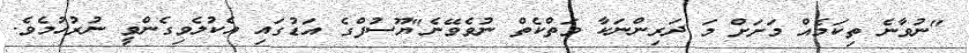
"ނުވާނެ ތިކަމެއް މަށަށް މަ ދަރިންނަކާ ވަތްކެތް ނުވެވޭނެ"ޔޫސުފްގެ އަޑުގައި އެކުލެވިގެންވީ ނުރުހުމެވެ.